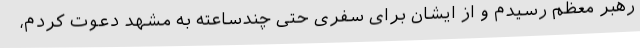
رهبر معظم رسیدم و از ایشان برای سفری حتی چندساعته به مشهد دعوت کردم،